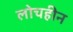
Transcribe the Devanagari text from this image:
लोचहीन